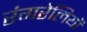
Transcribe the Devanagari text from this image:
रंगरेलियों